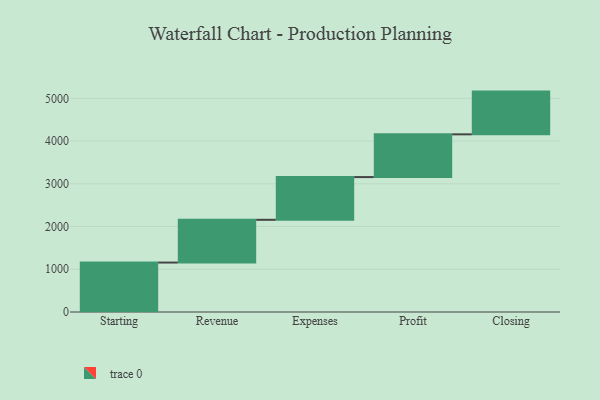
{"axis": {"x": "Step", "y": "Value"}, "legend": [""], "data": [{"x": "Starting", "y": 1157.0, "type": ""}, {"x": "Revenue", "y": 1000, "type": ""}, {"x": "Expenses", "y": 1000, "type": ""}, {"x": "Profit", "y": 1000, "type": ""}, {"x": "Closing", "y": 1000, "type": ""}]}